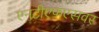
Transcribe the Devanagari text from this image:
एनटीएफएसवर